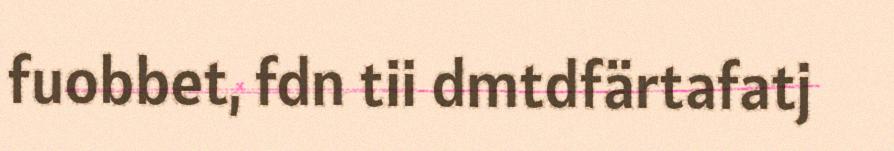
fuobbet, fdn tii dmtdfärtafatj